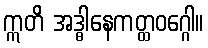
ဣတိ အဒ္ဓါနေကတ္ထဝဂ္ဂေါ။